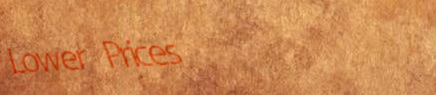
Lower Prices